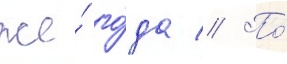
же́ го́да // По́